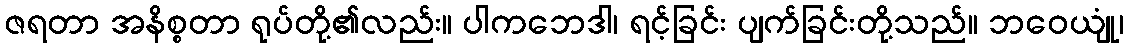
ဇရတာ အနိစ္စတာ ရုပ်တို့၏လည်း။ ပါကဘေဒါ၊ ရင့်ခြင်း ပျက်ခြင်းတို့သည်။ ဘဝေယျုံ၊